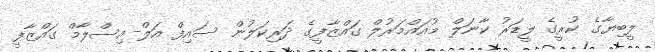
ލީބިޔާގެ ކުރީގެ ލީޑަރު ކާނަލް މުއައްމަރުލް ގައްޒާފީގެ ދަރިކަލުން ސައިފް އަލް-އިސްލާމް ގައްޒާފީ